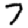
Digit: 7